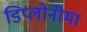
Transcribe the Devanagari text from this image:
डिप्लोनीमा